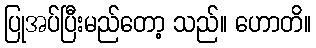
ပြုအပ်ပြီးမည်တော့ သည်။ ဟောတိ။